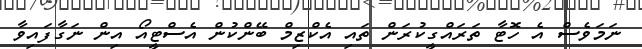
ނަމަވެސް އެ ހޮޓާ ތަރައްގީކުރަން ތައި އެކްޒިމް ބޭންކުން އެސްޓީއޯ އިން ނަގާފައިވާ